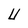
Character: U